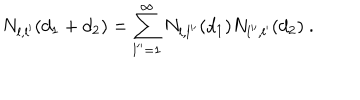
LaTeX: N _ { l , l ^ { \prime } } ( d _ { 1 } + d _ { 2 } ) = \sum _ { l ^ { \prime \prime } = 1 } ^ { \infty } N _ { l , l ^ { \prime \prime } } ( d _ { 1 } ) N _ { l ^ { \prime \prime } , l ^ { \prime } } ( d _ { 2 } ) \ .